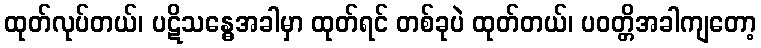
ထုတ်လုပ်တယ်၊ ပဋိသန္ဓေအခါမှာ ထုတ်ရင် တစ်ခုပဲ ထုတ်တယ်၊ ပဝတ္တိအခါကျတော့